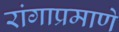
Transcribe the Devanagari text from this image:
रांगाप्रमाणे